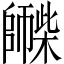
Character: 𪪀